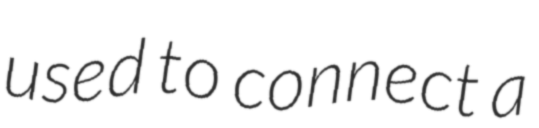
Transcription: used to connect a